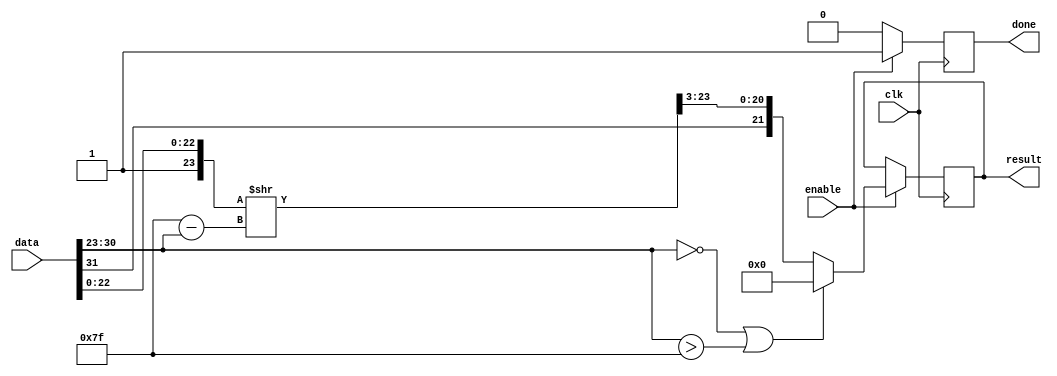
// single precision 32 bit (IEEE-754) to fixed point 22 bit. 
// 22-bit fixed point : 1 sign bit + 1 integer bit + 20 fractional bits.

module Float_Fixed_Conversion(
    data,
    result,
    enable,
    done,
    clk
    );

    input clk;
    input enable;
    input [31:0] data;
    output reg done;
    output reg [21:0] result;

    wire sign_float;
    wire [7:0] exp_float;
    wire [22:0] mant_float;

    reg sign_fixed;
    reg [20:0] fixed_val;
    reg [7:0] shifts;
    reg [23:0] full_mant;
	 
	 reg complete;

    assign {sign_float, exp_float, mant_float[22:0]} = data;

    always @ (posedge clk) begin
		  //if (complete) begin
		//		done = 1'b1;
		 // end
        if (enable) begin
            full_mant = {1'b1, mant_float};
            sign_fixed = sign_float;

            if (exp_float == 8'b0 || exp_float > 8'd127) begin
                result = 22'b0;
                done = 1'b1;
            end
            else begin
                shifts = 8'd127 - exp_float;
                full_mant = full_mant >> shifts;
                fixed_val[20:0] = full_mant[23:3];
                result = {sign_fixed, fixed_val[20:0]};
                done = 1'b1;
            end
        end
		  else begin
				done = 1'b0;
		  end
    end
endmodule